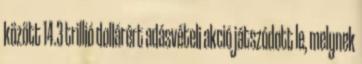
között 14.3 trillió dollárért adásvételi akció játszódott le, melynek